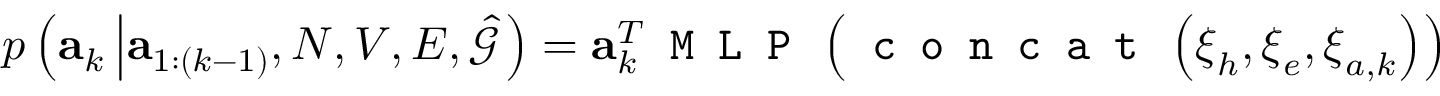
p \left( \mathbf { a } _ { k } \left| \mathbf { a } _ { 1 : ( k - 1 ) } , N , V , E , \hat { \mathcal { G } } \right. \right) = \mathbf { a } _ { k } ^ { T } \texttt { M L P } \left( \texttt { c o n c a t } \left( \boldsymbol { \xi } _ { h } , \boldsymbol { \xi } _ { e } , \boldsymbol { \xi } _ { a , k } \right) \right)